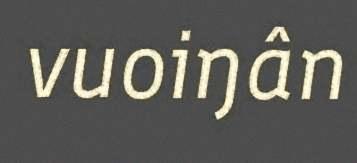
vuoiŋân